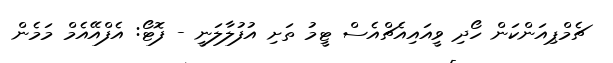
ޗެމްޕިއަންކަން ހޯދި ވީއައިއެޗްއެސް ޓީމު ތަށި އުފުލާލަނީ - ފޮޓޯ: އެފްއޭއެމް މަމެން